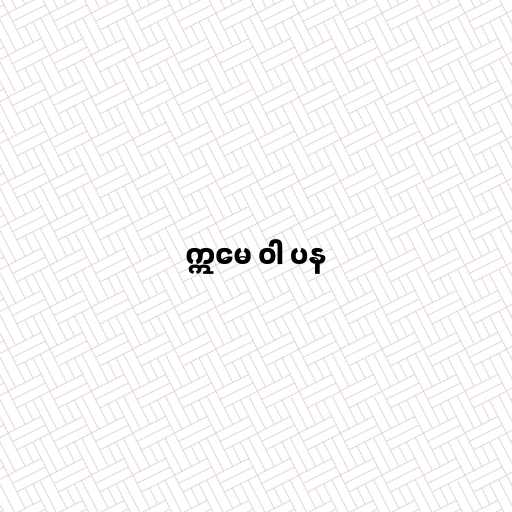
ဣမေ ဝါ ပန